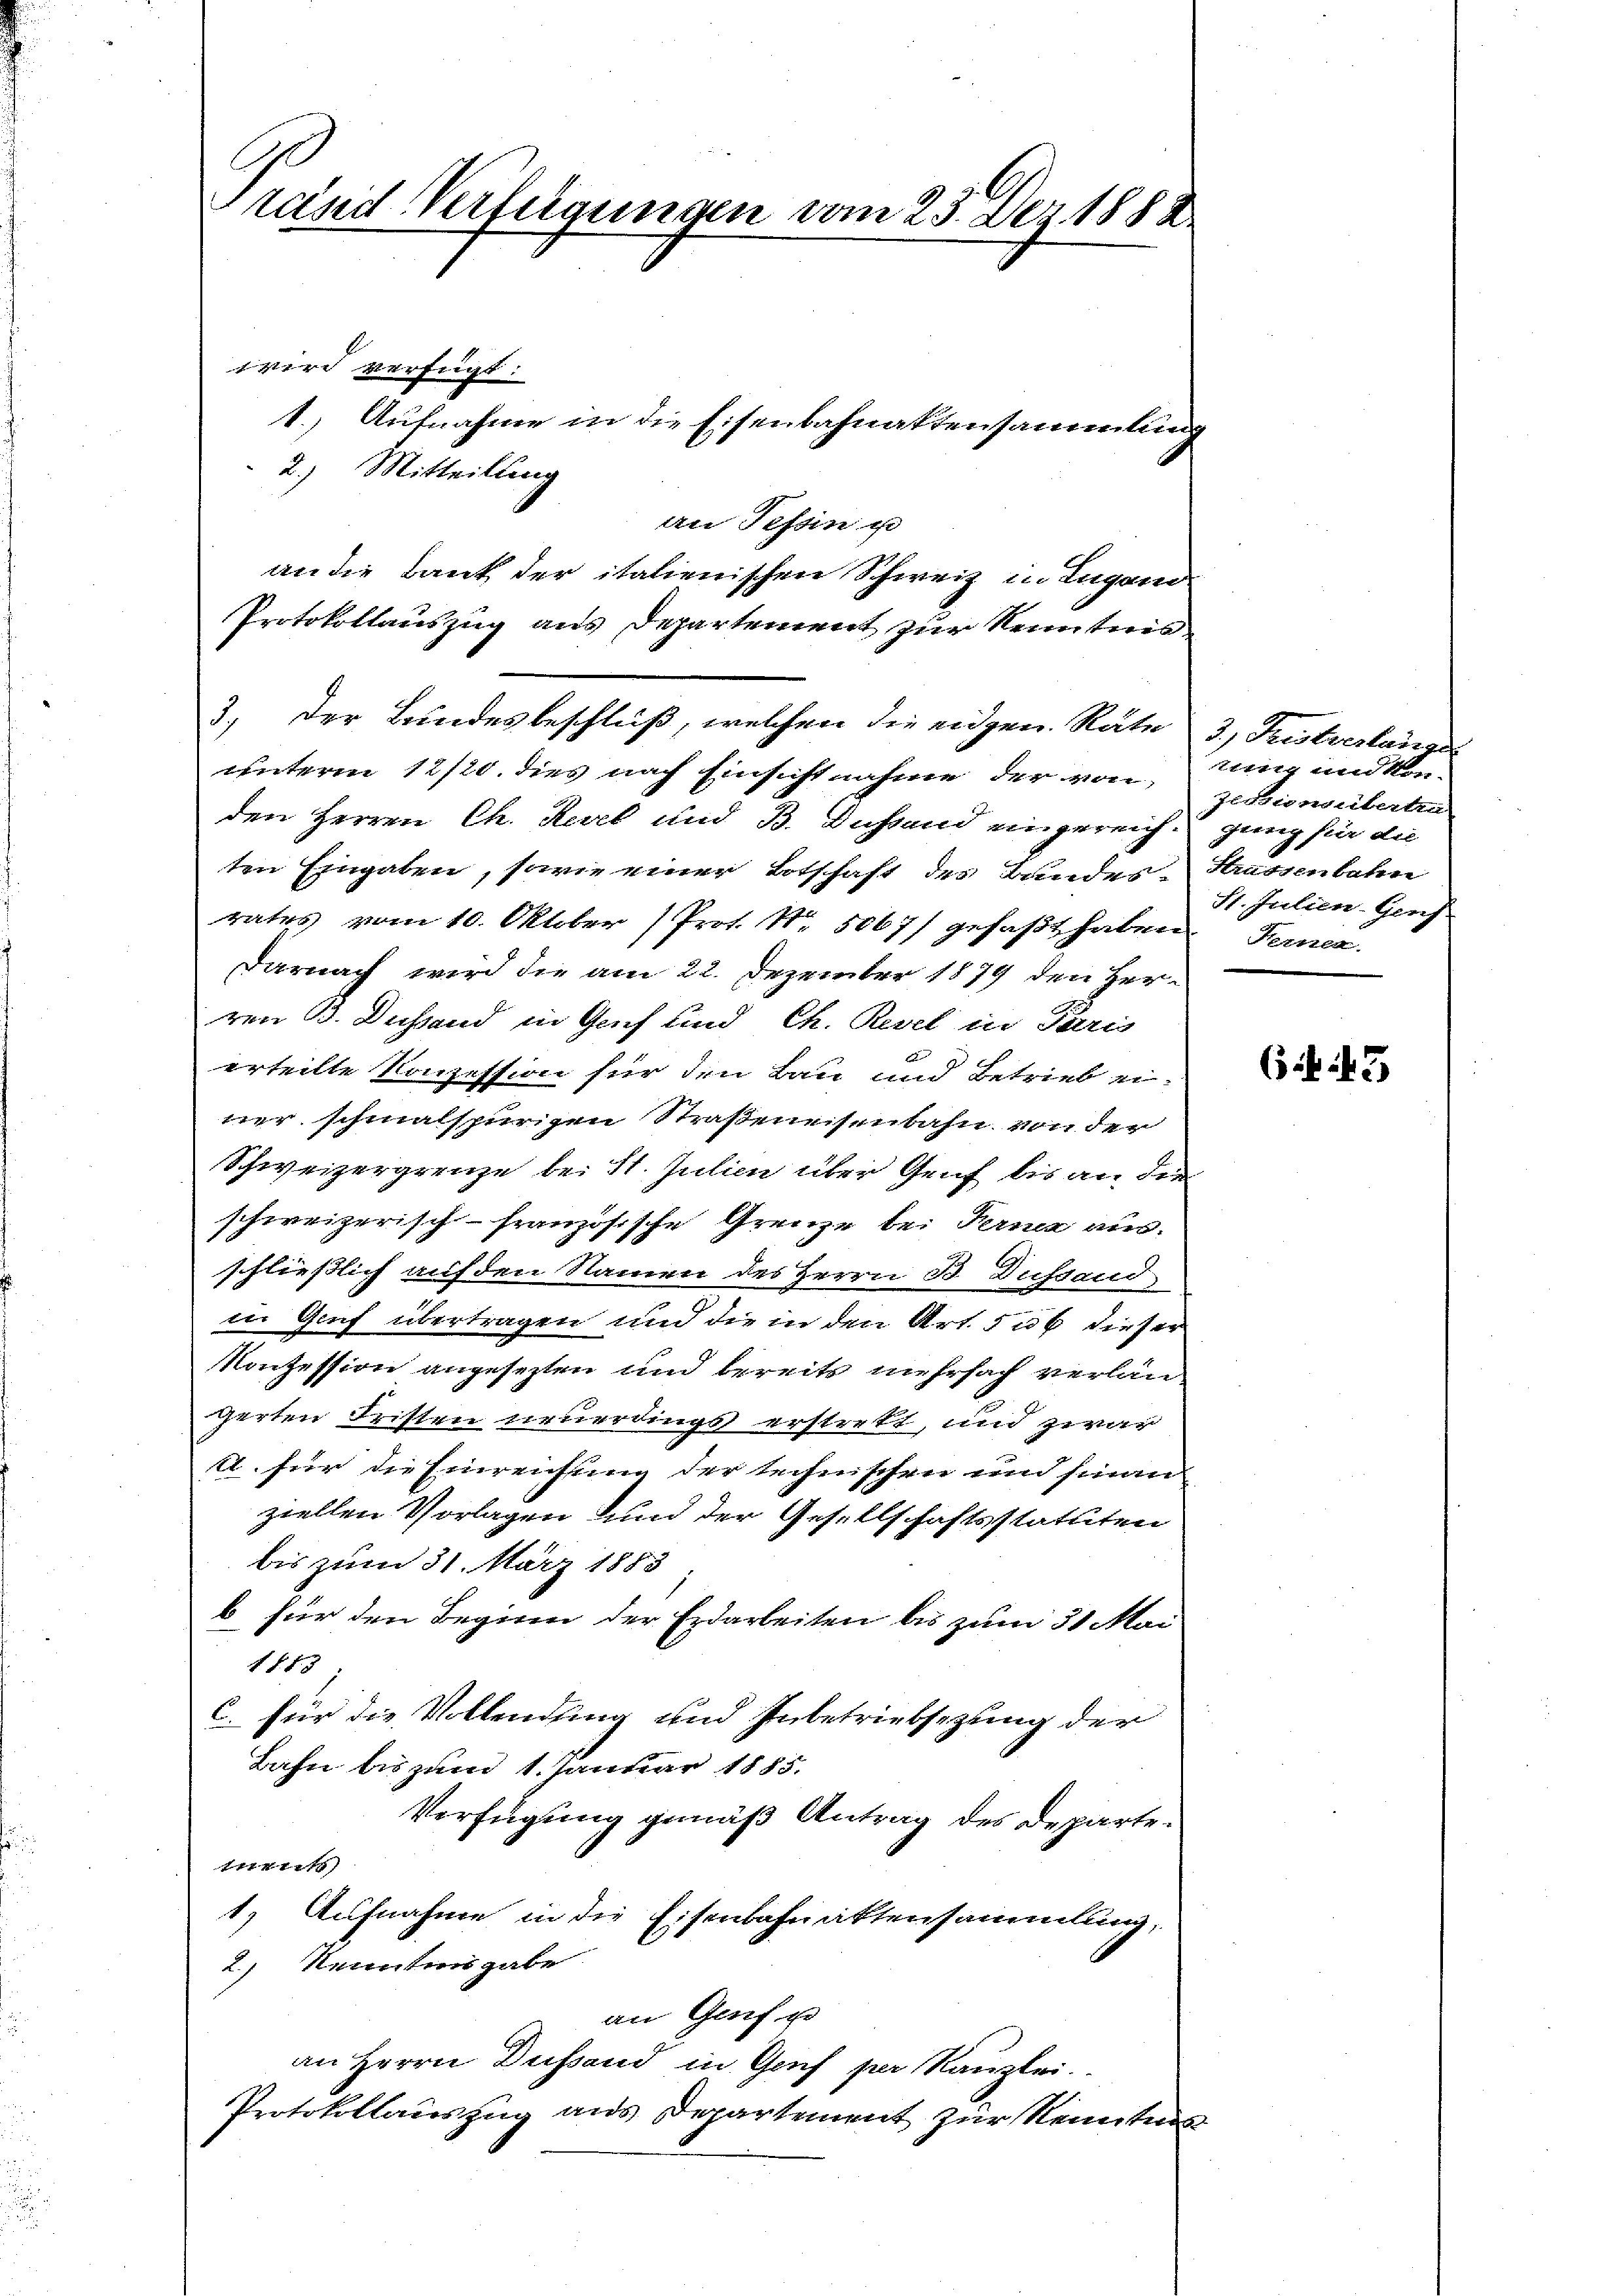
rand Verfügungen vom 23. Dez. 1883.

wird verfügt:
2.) Mitteilung
an Tessin i
an die Bank der italienischen Schweiz in Lugand
Protokollauszug aus Departement zur Kenntnis
unterm 12/20. dies nach Einsicht nahme der von
den Herren Ch. Revel und B. Distand eingereich
ten Eingaben, sowie einer Botschaft des Bundes-
rates vom 10. Oktober (Prot. Nr. 5067) gefaßt haben
darnach wird die am 22. Dezember 1879 den Her-
von 3. Dachsend in Genf und Ch. Revel in Paris
erteilte Konzession für den Bau und Betrieb ei
ner schmalspurigen Straßeneisenbahn von der
Schweizergrenze bei St. Julien über Genf bis an die
schweizerisch-französische Grenze bei Ferne aus.
schließlich auf den Namen des Herrn B Dustand
in Genf übertragen, und die in den Art. 536 dieser
Konzession angesezten und bereits mehrfach verlängerten Fristen neuerdings erstrekt, und zwar
1. für die Einreichung der technischen und hinan
ziellen Vorlagen und der Gesellschaftsstatuten
bis zum 31. März 1883
b für den Beginn der Erdarbeiten bis zum 31 Mai
1 f. f. 3
x
für die Vollendung und Inbetriebsezung der
Bahn bis zum 1. Januar 1855.
Verfügung gemäß Antrag des Departe.
mnents
1
Aufnahme in die Eisenbahnaktensammlung,
2) Kenntnisgabe
an Genf u
an Herrn Dussend in Genf per Kanzlei.
Protokollauszug aus Departement zur Kenntnis

3. Der Bundes beschluß, welchen die eidgen. Räte

1.) Aufnahme in die Eisenbahnaktensammlung

3.) Freisterslang
rung und kon
Zusionsübertra
gung für die
Hrassenbahn
St. Julien-Genf
Ferner

645